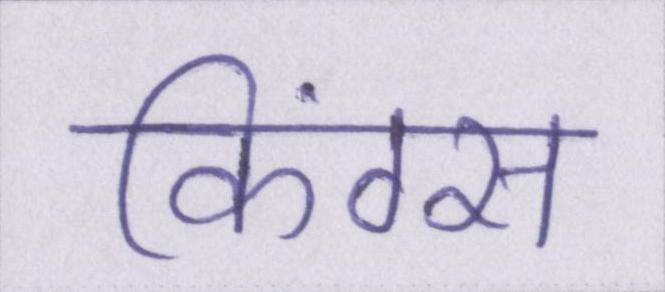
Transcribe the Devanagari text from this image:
किंग्स